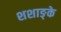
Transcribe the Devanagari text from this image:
शशाङ्के